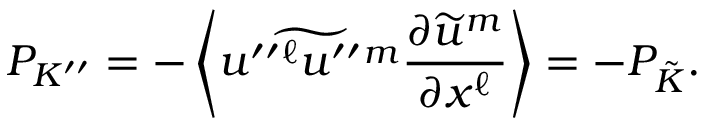
{ P } _ { K ^ { \prime \prime } } = - \left\langle { \widetilde { u ^ { \prime \prime } { } ^ { \ell } u ^ { \prime \prime } { } ^ { m } } \frac { \partial \widetilde { u } ^ { m } } { \partial x ^ { \ell } } } \right\rangle = - { P } _ { \tilde { K } } .